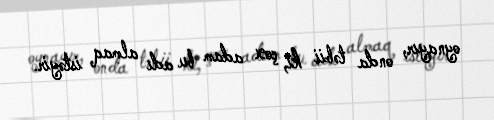
oynayır, onda təbii ki, çox adam bu adı almaq istəyir.